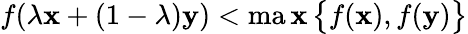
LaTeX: f(\lambda\mathbf{x}+(1-\lambda)\mathbf{y})<\operatorname*{ma\mathbf{x}}{\big\{ }f(\mathbf{x}),f(\mathbf{y}){\big\} }